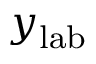
y _ { \mathrm { { l a b } } }